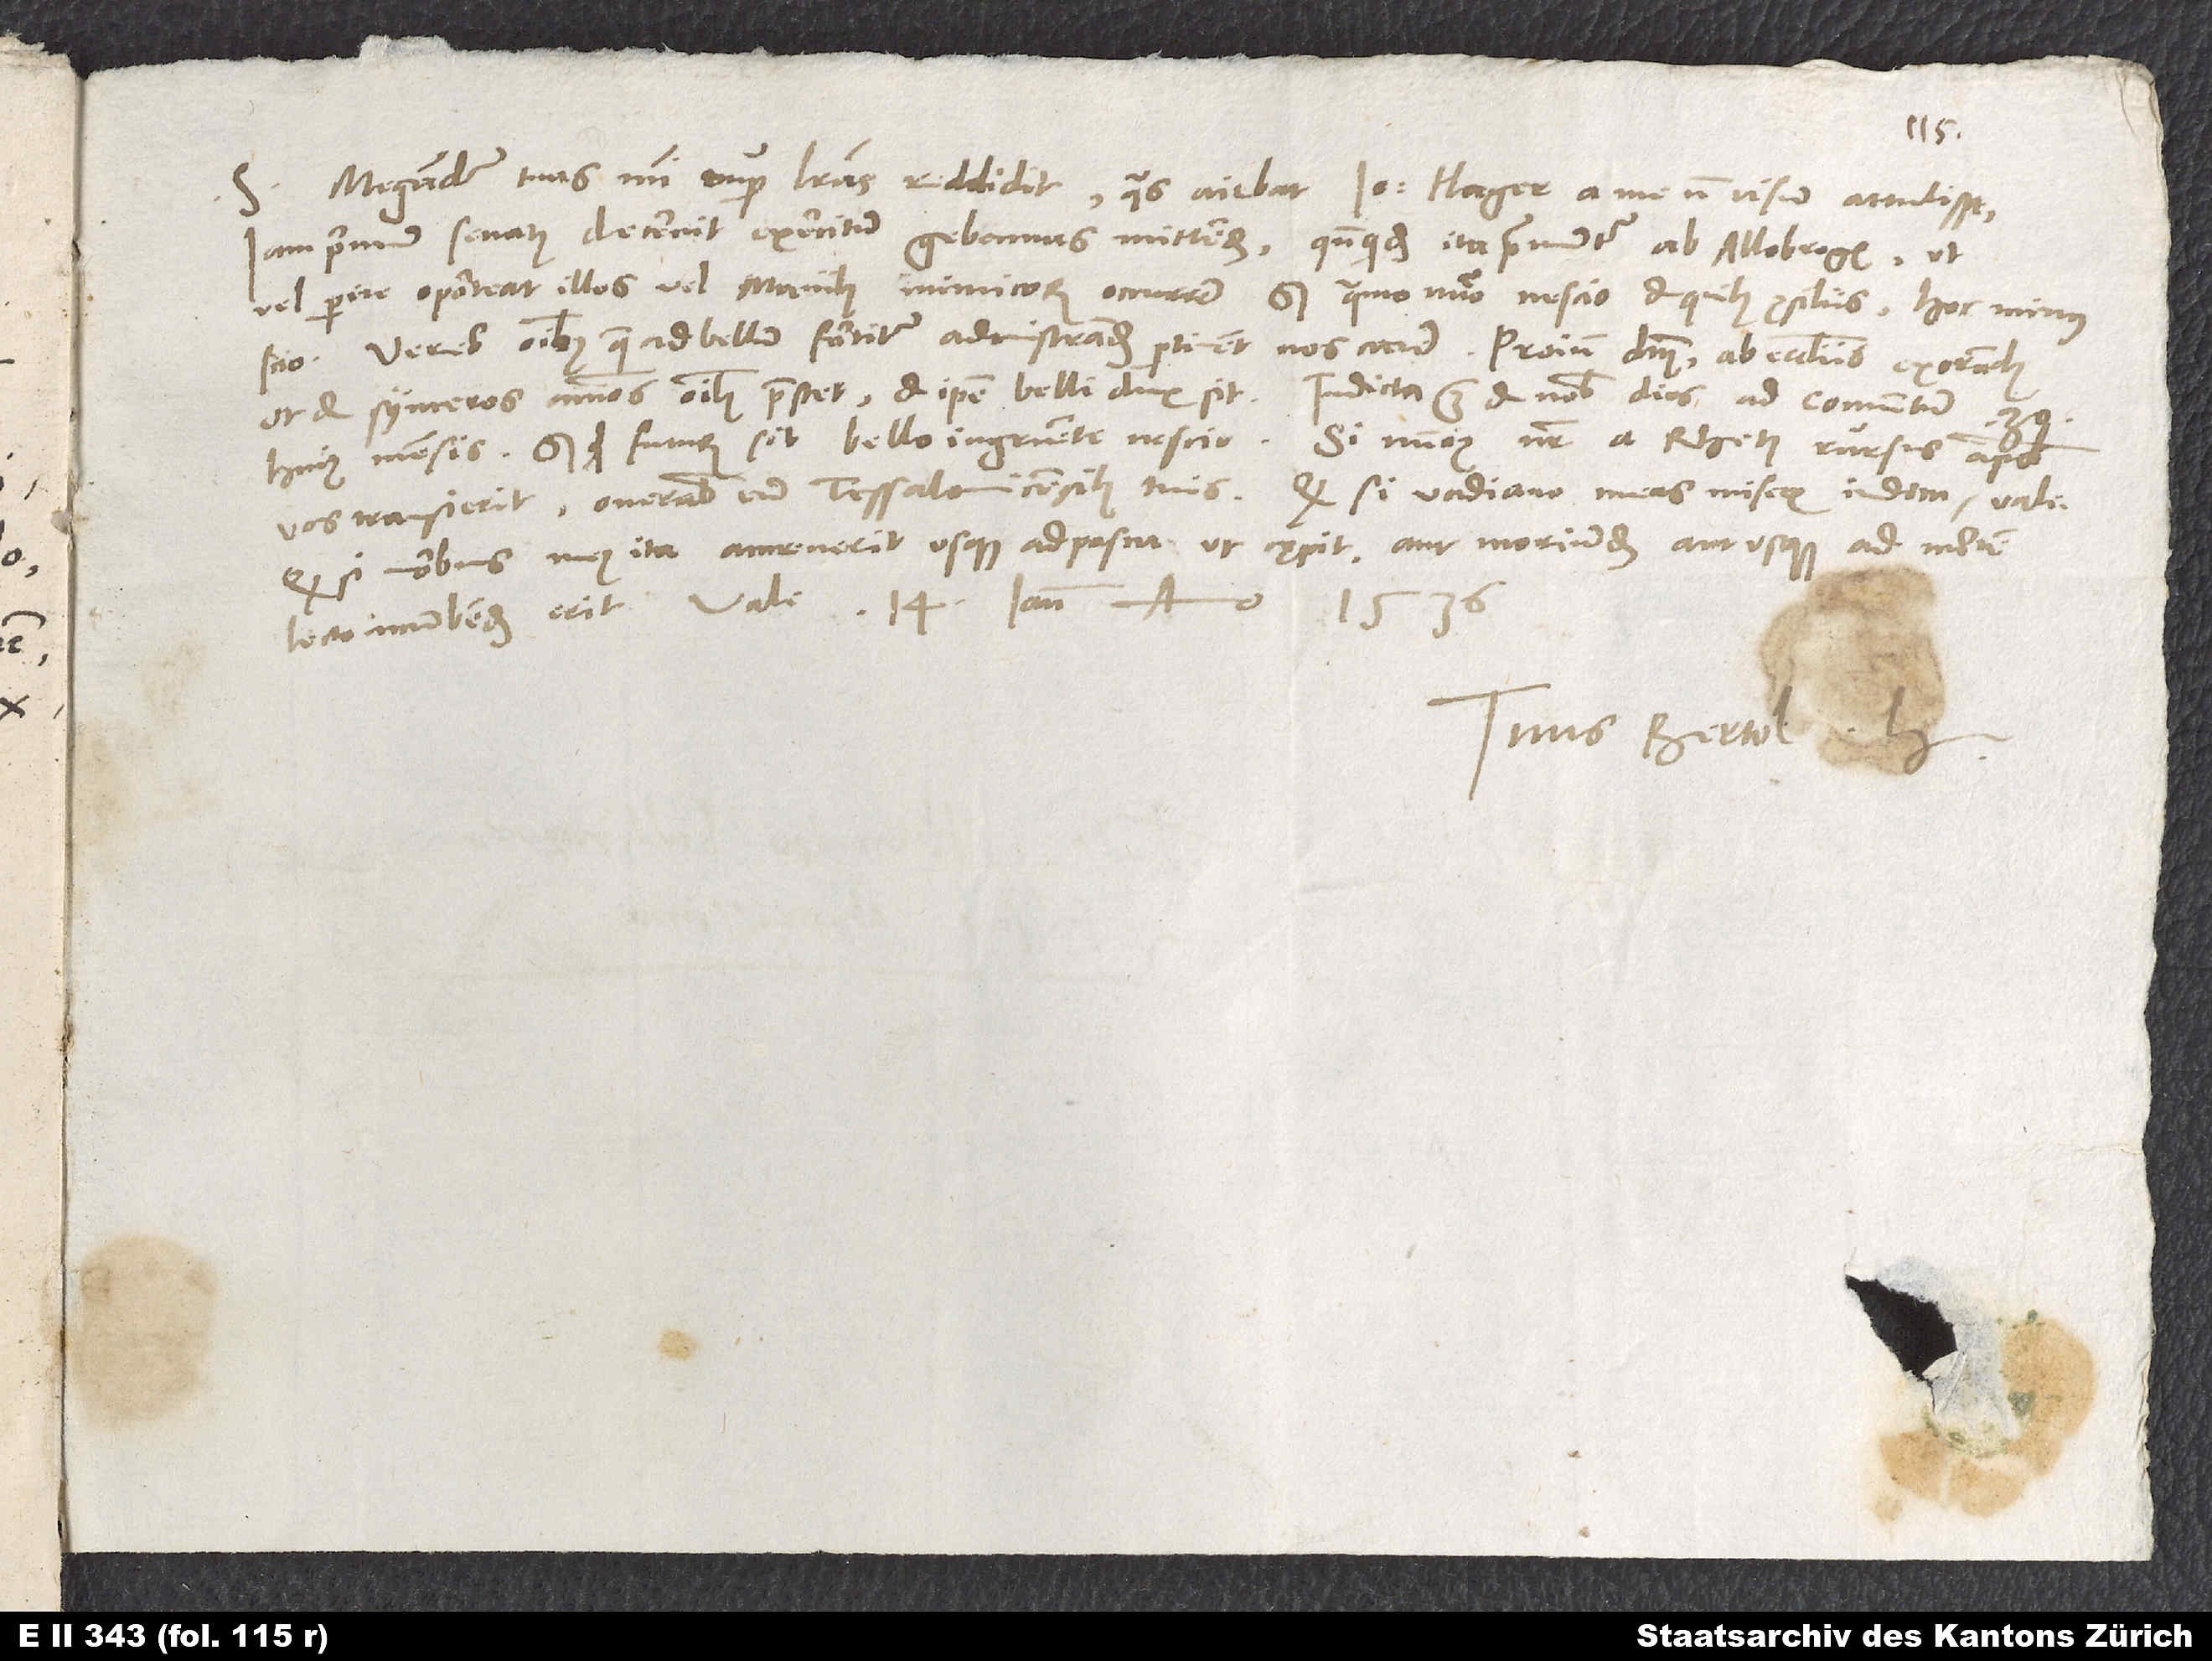
Megander tuas mihi nuper literas reddidit, quas aiebat Ioannem Hager a me non visum attulisse.
S.
Iam primum senatus decrevit exercitum Gebennas mittendum, quandoquidem ita premuntur ab Allobrogis, ut
vel perire oporteat illos vel manibus inimicorum occurrere, sed quanto numero, nescio, et quibus consiliis, hoc minus
scio. Vereor omnibus, quae ad bellum fortiter administrandum pertinent, nos carere. Proinde dominum ab ecclesiis exorandum,
Quodsi morbus meus ita accreverit usque ad pasca ut cępit, aut moriundum aut usque ad mortem
Tuus Bertol. H.